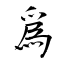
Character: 爲